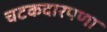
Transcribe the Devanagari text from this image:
चटकदारपणा